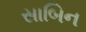
સાબિન